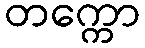
တက္ကော